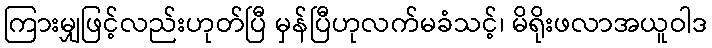
ကြားမျှဖြင့်လည်းဟုတ်ပြီ မှန်ပြီဟုလက်မခံသင့်၊ မိရိုးဖလာအယူဝါဒ